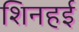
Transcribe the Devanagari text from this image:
शिनहई